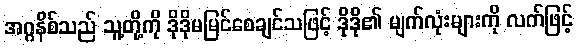
အဂ္ဂနိစ်သည် သူ့တို့ကို ဒိုဒိုမမြင်စေချင်သဖြင့် ဒိုဒို၏ မျက်လုံးများကို လက်ဖြင့်